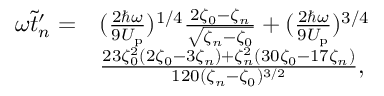
\begin{array} { r l } { \omega \tilde { t } _ { n } ^ { \prime } = } & { ( \frac { 2 \hbar \omega } { 9 U _ { \mathrm { p } } } ) ^ { 1 / 4 } \frac { 2 \zeta _ { 0 } - \zeta _ { n } } { \sqrt { \zeta _ { n } - \zeta _ { 0 } } } + ( \frac { 2 \hbar \omega } { 9 U _ { \mathrm { p } } } ) ^ { 3 / 4 } } \\ & { \frac { 2 3 \zeta _ { 0 } ^ { 2 } ( 2 \zeta _ { 0 } - 3 \zeta _ { n } ) + \zeta _ { n } ^ { 2 } ( 3 0 \zeta _ { 0 } - 1 7 \zeta _ { n } ) } { 1 2 0 ( \zeta _ { n } - \zeta _ { 0 } ) ^ { 3 / 2 } } , } \end{array}